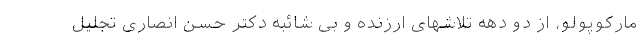
مارکوپولو، از دو دهه تلاشهای ارزنده و بی شائبه دکتر حسن انصاری تجلیل